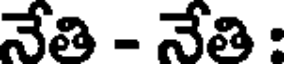
నేతి - నేతి :